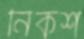
নিকশ